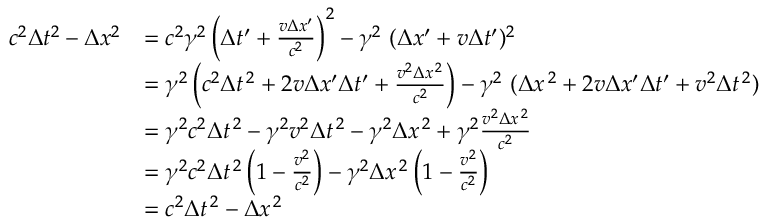
{ \begin{array} { r l } { c ^ { 2 } \Delta t ^ { 2 } - \Delta x ^ { 2 } } & { = c ^ { 2 } \gamma ^ { 2 } \left( \Delta t ^ { \prime } + { \frac { v \Delta x ^ { \prime } } { c ^ { 2 } } } \right) ^ { 2 } - \gamma ^ { 2 } \ ( \Delta x ^ { \prime } + v \Delta t ^ { \prime } ) ^ { 2 } } \\ & { = \gamma ^ { 2 } \left( c ^ { 2 } \Delta t ^ { \, 2 } + 2 v \Delta x ^ { \prime } \Delta t ^ { \prime } + { \frac { v ^ { 2 } \Delta x ^ { \, 2 } } { c ^ { 2 } } } \right) - \gamma ^ { 2 } \ ( \Delta x ^ { \, 2 } + 2 v \Delta x ^ { \prime } \Delta t ^ { \prime } + v ^ { 2 } \Delta t ^ { \, 2 } ) } \\ & { = \gamma ^ { 2 } c ^ { 2 } \Delta t ^ { \, 2 } - \gamma ^ { 2 } v ^ { 2 } \Delta t ^ { \, 2 } - \gamma ^ { 2 } \Delta x ^ { \, 2 } + \gamma ^ { 2 } { \frac { v ^ { 2 } \Delta x ^ { \, 2 } } { c ^ { 2 } } } } \\ & { = \gamma ^ { 2 } c ^ { 2 } \Delta t ^ { \, 2 } \left( 1 - { \frac { v ^ { 2 } } { c ^ { 2 } } } \right) - \gamma ^ { 2 } \Delta x ^ { \, 2 } \left( 1 - { \frac { v ^ { 2 } } { c ^ { 2 } } } \right) } \\ & { = c ^ { 2 } \Delta t ^ { \, 2 } - \Delta x ^ { \, 2 } } \end{array} }